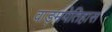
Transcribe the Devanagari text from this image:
वाङ्मयेतिहास